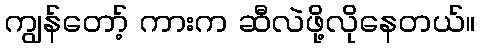
ကျွန်တော့် ကားက ဆီလဲဖို့လိုနေတယ်။